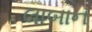
લાબાન